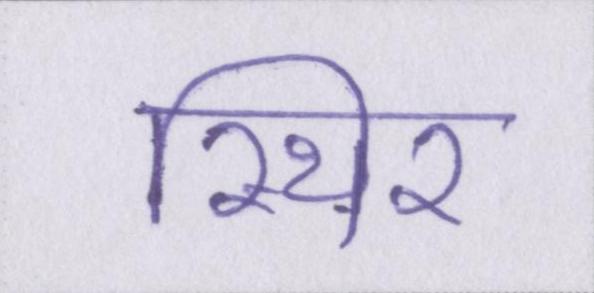
स्थिर